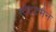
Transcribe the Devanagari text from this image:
स्टेट्टमैन